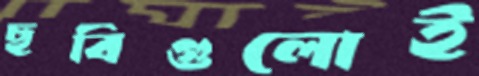
ছবিগুলোই